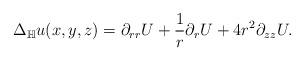
LaTeX: \begin{align*}\Delta_{\mathbb H} u (x,y,z) = \partial_{rr} U + \frac{1}{r} \partial_r{U} + 4 r^2 \partial_{zz} U. \end{align*}